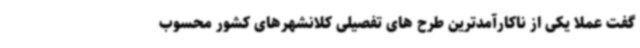
گفت عملا یکی از ناکارآمدترین طرح های تفصیلی کلانشهرهای کشور محسوب